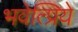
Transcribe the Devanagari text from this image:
भवेत्प्रिये